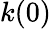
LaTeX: k(0)